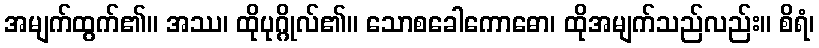
အမျက်ထွက်၏။ အဿ၊ ထိုပုဂ္ဂိုလ်၏။ သောစခေါကောဓော၊ ထိုအမျက်သည်လည်း။ စိရံ၊